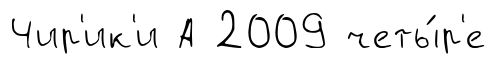
Чир'ик'и А 2009 четы́р'е